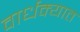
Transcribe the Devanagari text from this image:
वार्धक्यात